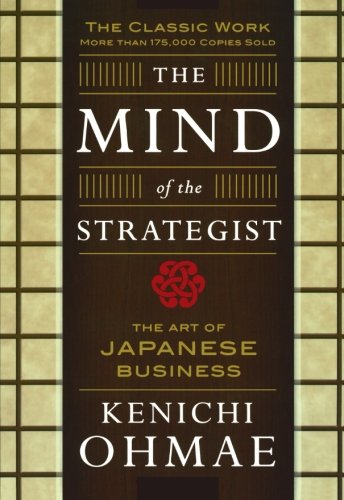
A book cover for The Mind Of The Strategist: The Art of Japanese Business; Kenichi Ohmae; Business & Money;